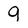
Character: q